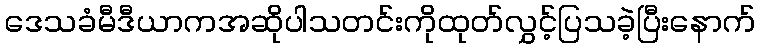
ဒေသခံမီဒီယာကအဆိုပါသတင်းကိုထုတ်လွှင့်ပြသခဲ့ပြီးနောက်